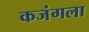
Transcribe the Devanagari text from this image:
कजंगला